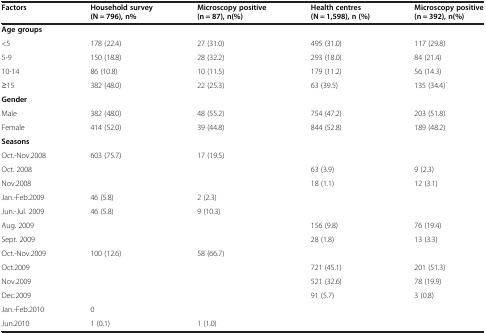
<table><thead><tr><td><b>Factors</b></td><td><b>Household survey (N = 796), n%</b></td><td><b>Microscopy positive (n = 87), n(%)</b></td><td><b>Health centres (N = 1,598), n (%)</b></td><td><b>Microscopy positive (n = 392), n(%)</b></td></tr></thead><tbody><tr><td><b>Age groups</b></td><td> </td><td> </td><td> </td><td> </td></tr><tr><td>&lt;5</td><td>178 (22.4)</td><td>27 (31.0)</td><td>495 (31.0)</td><td>117 (29.8)</td></tr><tr><td>5-9</td><td>150 (18.8)</td><td>28 (32.2)</td><td>293 (18.0)</td><td>84 (21.4)</td></tr><tr><td>10-14</td><td>86 (10.8)</td><td>10 (11.5)</td><td>179 (11.2)</td><td>56 (14.3)</td></tr><tr><td>≥15</td><td>382 (48.0)</td><td>22 (25.3)</td><td>63 (39.5)</td><td>135 (34.4)</td></tr><tr><td><b>Gender</b></td><td> </td><td> </td><td> </td><td> </td></tr><tr><td>Male</td><td>382 (48.0)</td><td>48 (55.2)</td><td>754 (47.2)</td><td>203 (51.8)</td></tr><tr><td>Female</td><td>414 (52.0)</td><td>39 (44.8)</td><td>844 (52.8)</td><td>189 (48.2)</td></tr><tr><td><b>Seasons</b></td><td> </td><td> </td><td> </td><td> </td></tr><tr><td>Oct.-Nov.2008</td><td>603 (75.7)</td><td>17 (19.5)</td><td> </td><td> </td></tr><tr><td>Oct. 2008</td><td> </td><td> </td><td>63 (3.9)</td><td>9 (2.3)</td></tr><tr><td>Nov.2008</td><td> </td><td> </td><td>18 (1.1)</td><td>12 (3.1)</td></tr><tr><td>Jan.-Feb.2009</td><td>46 (5.8)</td><td>2 (2.3)</td><td> </td><td> </td></tr><tr><td>Jun.-Jul. 2009</td><td>46 (5.8)</td><td>9 (10.3)</td><td> </td><td> </td></tr><tr><td>Aug. 2009</td><td> </td><td> </td><td>156 (9.8)</td><td>76 (19.4)</td></tr><tr><td>Sept. 2009</td><td> </td><td> </td><td>28 (1.8)</td><td>13 (3.3)</td></tr><tr><td>Oct.-Nov.2009</td><td>100 (12.6)</td><td>58 (66.7)</td><td> </td><td> </td></tr><tr><td>Oct.2009</td><td> </td><td> </td><td>721 (45.1)</td><td>201 (51.3)</td></tr><tr><td>Nov.2009</td><td> </td><td> </td><td>521 (32.6)</td><td>78 (19.9)</td></tr><tr><td>Dec.2009</td><td> </td><td> </td><td>91 (5.7)</td><td>3 (0.8)</td></tr><tr><td>Jan.-Feb.2010</td><td>0</td><td> </td><td> </td><td> </td></tr><tr><td>Jun.2010</td><td>1 (0.1)</td><td>1 (1.0)</td><td> </td><td> </td></tr></tbody></table>